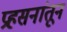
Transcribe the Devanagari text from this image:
प्रहसनांतून